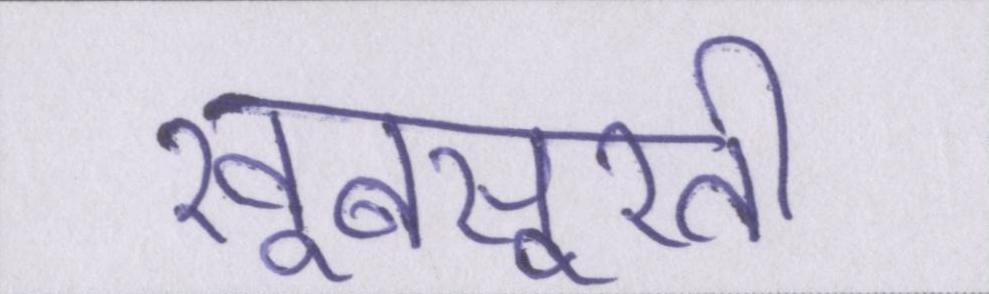
खूबसूरती